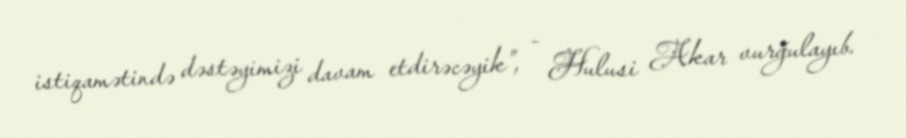
istiqamətində dəstəyimizi davam etdirəcəyik”, - Hulusi Akar vurğulayıb.